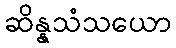
ဆိန္နသံသယော